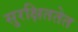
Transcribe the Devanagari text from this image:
सुरक्षिततेत